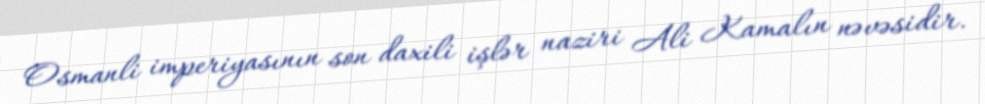
Osmanli imperiyasının son daxili işlər naziri Ali Kamalın nəvəsidir.